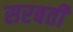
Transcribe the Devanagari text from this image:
सरबती